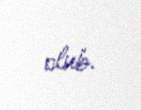
olub.